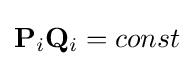
\mathbf {P} _{i}\mathbf {Q} _{i}=const